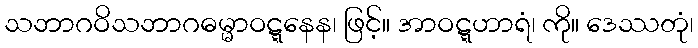
သဘာဂဝိသဘာဂဓမ္မာဝဋ္ဋနေန၊ ဖြင့်။ အာဝဋ္ဋဟာရံ၊ ကို။ ဒေဿတုံ၊